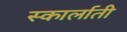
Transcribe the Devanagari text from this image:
स्कार्लाती